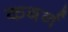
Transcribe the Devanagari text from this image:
कबर्न